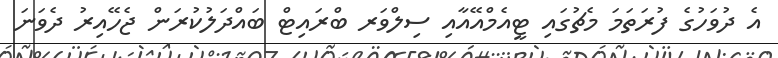
އެ ދުވަހުގެ ފުރަތަމަ މެޗުގައި ޓީއެމްއޭއާއި ސިލްވަރ ބްރައިޓް ބައްދަލުކުރަން ޖެހޭއިރު ދެވަނަ